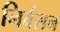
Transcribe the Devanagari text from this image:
निर्वसन